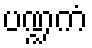
ပဏ္ဍကံ